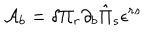
{ \cal A } _ { b } = \delta \Pi _ { r } \partial _ { b } \hat { \Pi } _ { s } \epsilon ^ { r s }